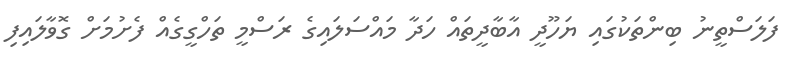
ފަލަސްތީނު ބިންތަކުގައި ޔަހޫދީ އާބާދީތައް ހަދާ މައްސަލައިގެ ރަސްމީ ތަހްގީގެއް ފެށުމަށް ގޮވާލައިފި